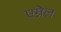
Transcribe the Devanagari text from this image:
एग्नेल